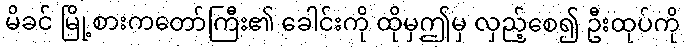
မိခင် မြို့စားကတော်ကြီး၏ ခေါင်းကို ထိုမှဤမှ လှည့်စေ၍ ဦးထုပ်ကို